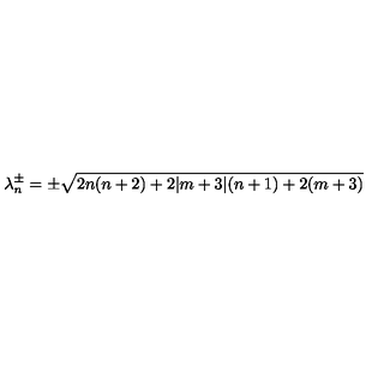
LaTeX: \lambda _ { n } ^ { \pm } = \pm \sqrt { 2 n ( n + 2 ) + 2 \vert m + 3 \vert ( n + 1 ) + 2 ( m + 3 ) }